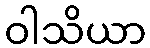
ဝါသိယာ